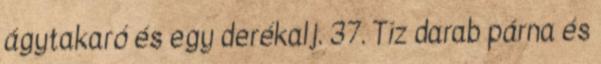
ágytakaró és egy derékalj. 37. Tíz darab párna és